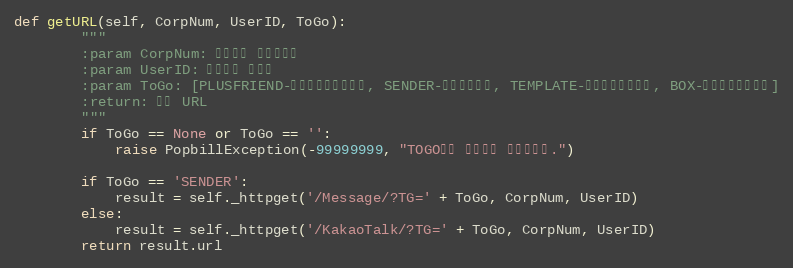
Language: Python
def getURL(self, CorpNum, UserID, ToGo):
        """
        :param CorpNum: 팝빌회원 사업자번호
        :param UserID: 팝빌회원 아이디
        :param ToGo: [PLUSFRIEND-플러스친구계정관리, SENDER-발신번호관리, TEMPLATE-알림톡템플릿관리, BOX-카카오톡전송내용]
        :return: 팝빌 URL
        """
        if ToGo == None or ToGo == '':
            raise PopbillException(-99999999, "TOGO값이 입력되지 않았습니다.")

        if ToGo == 'SENDER':
            result = self._httpget('/Message/?TG=' + ToGo, CorpNum, UserID)
        else:
            result = self._httpget('/KakaoTalk/?TG=' + ToGo, CorpNum, UserID)
        return result.url